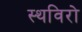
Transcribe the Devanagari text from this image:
स्थविरो